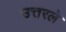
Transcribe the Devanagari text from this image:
उत्तरले